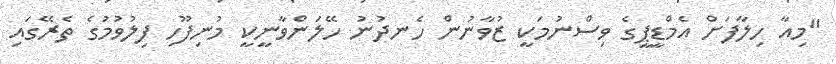
"މިއާ ހިލާފަށް އެމްޑީޕީގެ ވިސްނުމަކީ ޒުވާނުން ހެނދުނު ހޭލަންވާނީކީ މުނިފޫހި ފިލުވުމުގެ ތެރޭގައި